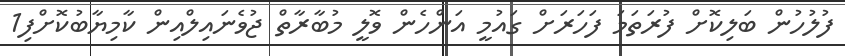
ފުލުހުން ބަލިކޮށް ފުރަތަމަ ފަހަރަށް ގައުމީ އަންހެން ވޮލީ މުބާރާތް ޖުވެނައިލްއިން ކާމިޔާބުކޮށްފި1